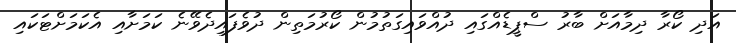
އަދި ކޯރާ ދިމާއަށް ބާރު ސްޕީޑެއްގައި ދުއްވައިގަތުމުން ކޯރުމަތިން ދުވެފައިދެވޭނެ ކަމަށާއި އެކަމަށްޓަކައި